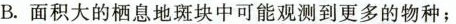
B.面积大的栖息地斑块中可能观测到更多的物种；